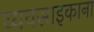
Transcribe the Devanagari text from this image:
व्यवसाइकाना